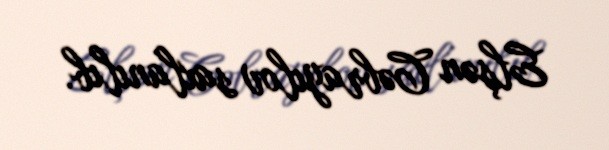
Elşən Cəbrayılov saxlanılıb.